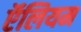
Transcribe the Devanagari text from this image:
ऍलियम